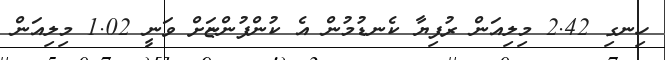
ހިނގި 2.42 މިލިއަން ރުފިޔާ ކެނޑުމުން އެ ކުންފުންޏަށް ވަނީ 1.02 މިލިއަން